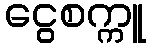
ငွေစက္ကူ